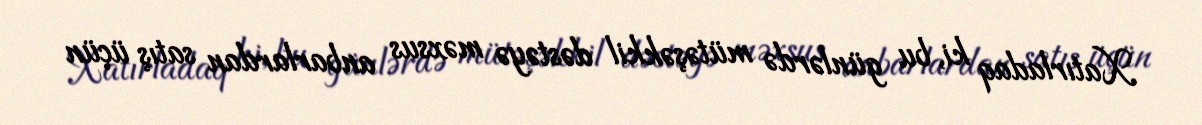
Xatırladaq ki, bu günlərdə mütəşəkkil dəstəyə məxsus anbarlardan satış üçün